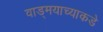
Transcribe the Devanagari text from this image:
वाड्मयाच्याकडे